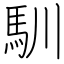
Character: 馴